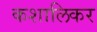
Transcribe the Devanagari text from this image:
कशालिकर